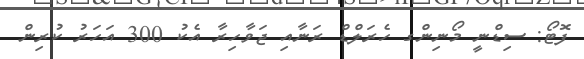
ފޮޓޯ: ސިޑްނީ މޯނިންގ ހެރަލްޑް ރަނާއި ޖަވާހިރާ އެކު 300 އަހަރު ކުރިން